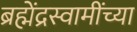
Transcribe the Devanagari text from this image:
ब्रह्मेंद्रस्वामींच्या